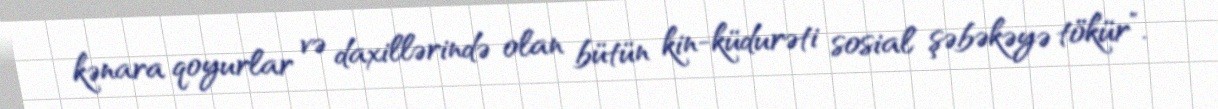
kənara qoyurlar və daxillərində olan bütün kin-küdurəti sosial şəbəkəyə tökür”.